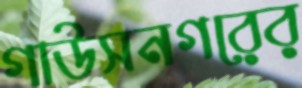
গাউসনগরের